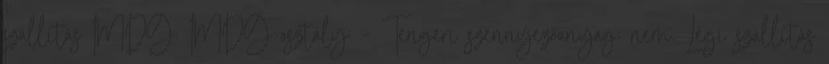
szállítás IMDG: IMDG-osztály: - Tengeri szennyezőanyag: nem. Légi szállítás